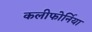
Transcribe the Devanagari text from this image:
कलीफोर्निया